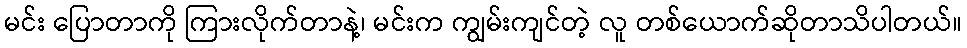
မင်း ပြောတာကို ကြားလိုက်တာနဲ့၊ မင်းက ကျွမ်းကျင်တဲ့ လူ တစ်ယောက်ဆိုတာသိပါတယ်။